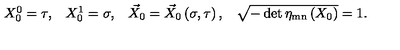
\begin{array} { c c c c } { X _ { 0 } ^ { 0 } = \tau , } & { X _ { 0 } ^ { 1 } = \sigma , } & { \vec { X } _ { 0 } = \vec { X } _ { 0 } \left( \sigma , \tau \right) , } & { \sqrt { - \det \eta _ { \mathrm { m n } } \left( X _ { 0 } \right) } = 1 . } \\ \end{array}